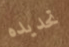
تحديده